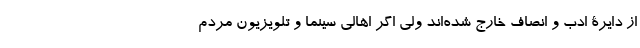
از دایرۀ ادب و انصاف خارج شده‌اند ولی اگر اهالی سینما و تلویزیون مردم